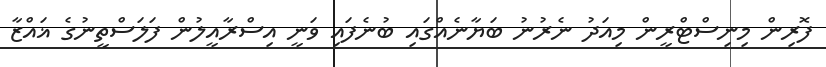
ފޮރިން މިނިސްޓްރީން މިއަދު ނެރުނު ބަޔާނެއްގައި ބުނެފައި ވަނީ އިސްރާއީލުން ފަލަސްތީނުގެ ޣައްޒާ